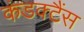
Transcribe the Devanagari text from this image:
कंडक्टैंस